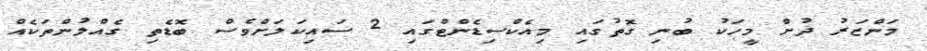
މަންޒަރު ދުށް މީހަކު ބުނި ގޮތުގައި މިއެކްސިޑެންޓްގައި 2 ސައިކަލަށްވެސް ބޮޑެތި ގެއްލުންތަކެއް